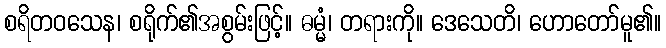
စရိတဝသေန၊ စရိုက်၏အစွမ်းဖြင့်။ ဓမ္မံ၊ တရားကို။ ဒေသေတိ၊ ဟောတော်မူ၏။